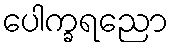
ပေါက္ခရညော